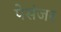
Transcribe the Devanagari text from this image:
पेसंजर